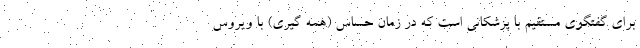
برای گفتگوی مستقیم با پزشکانی است که در زمان حساس (همه گیری) با ویروس